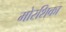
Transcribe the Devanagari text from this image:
मोरशिका